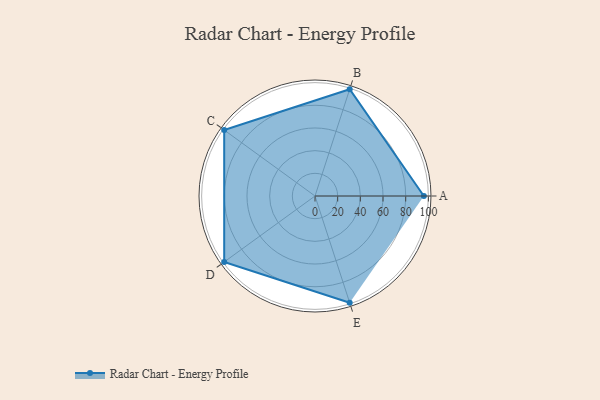
{"axis": {"x": "Skill", "y": "Score"}, "legend": ["Profile"], "data": [{"x": "A", "y": 96.0, "type": "Profile"}, {"x": "B", "y": 99, "type": "Profile"}, {"x": "C", "y": 99, "type": "Profile"}, {"x": "D", "y": 99, "type": "Profile"}, {"x": "E", "y": 99, "type": "Profile"}]}